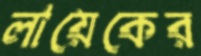
লায়েকের